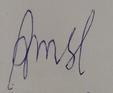
Signature authenticity: forged